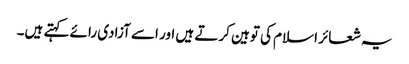
یہ شعائر اسلام کی توہین کرتے ہیں اور اسے آزادی رائے کہتے ہیں۔